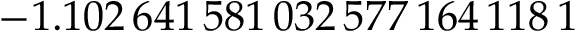
- 1 . 1 0 2 \, 6 4 1 \, 5 8 1 \, 0 3 2 \, 5 7 7 \, 1 6 4 \, 1 1 8 \, 1